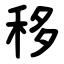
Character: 移